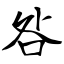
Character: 咎